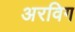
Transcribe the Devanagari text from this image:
अरविग